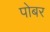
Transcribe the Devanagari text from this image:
पोबर